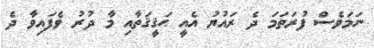
ނަމަވެސް ފުރަތަމަ ދެ ރައުޔު އެއީ ޙަޤީޤަތާއި މާ ދުރު ވެފައިވާ ދެ